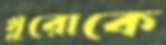
খুরোকে